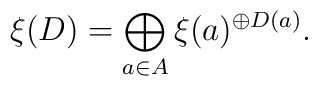
\xi(D)=\bigoplus_{a\in A}\xi(a)^{\oplus D(a)}.